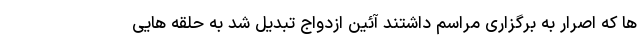
ها که اصرار به برگزاری مراسم داشتند آئین ازدواج تبدیل شد به حلقه هایی